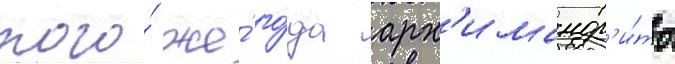
того́ же́ го́да арх'имандр'и́ты